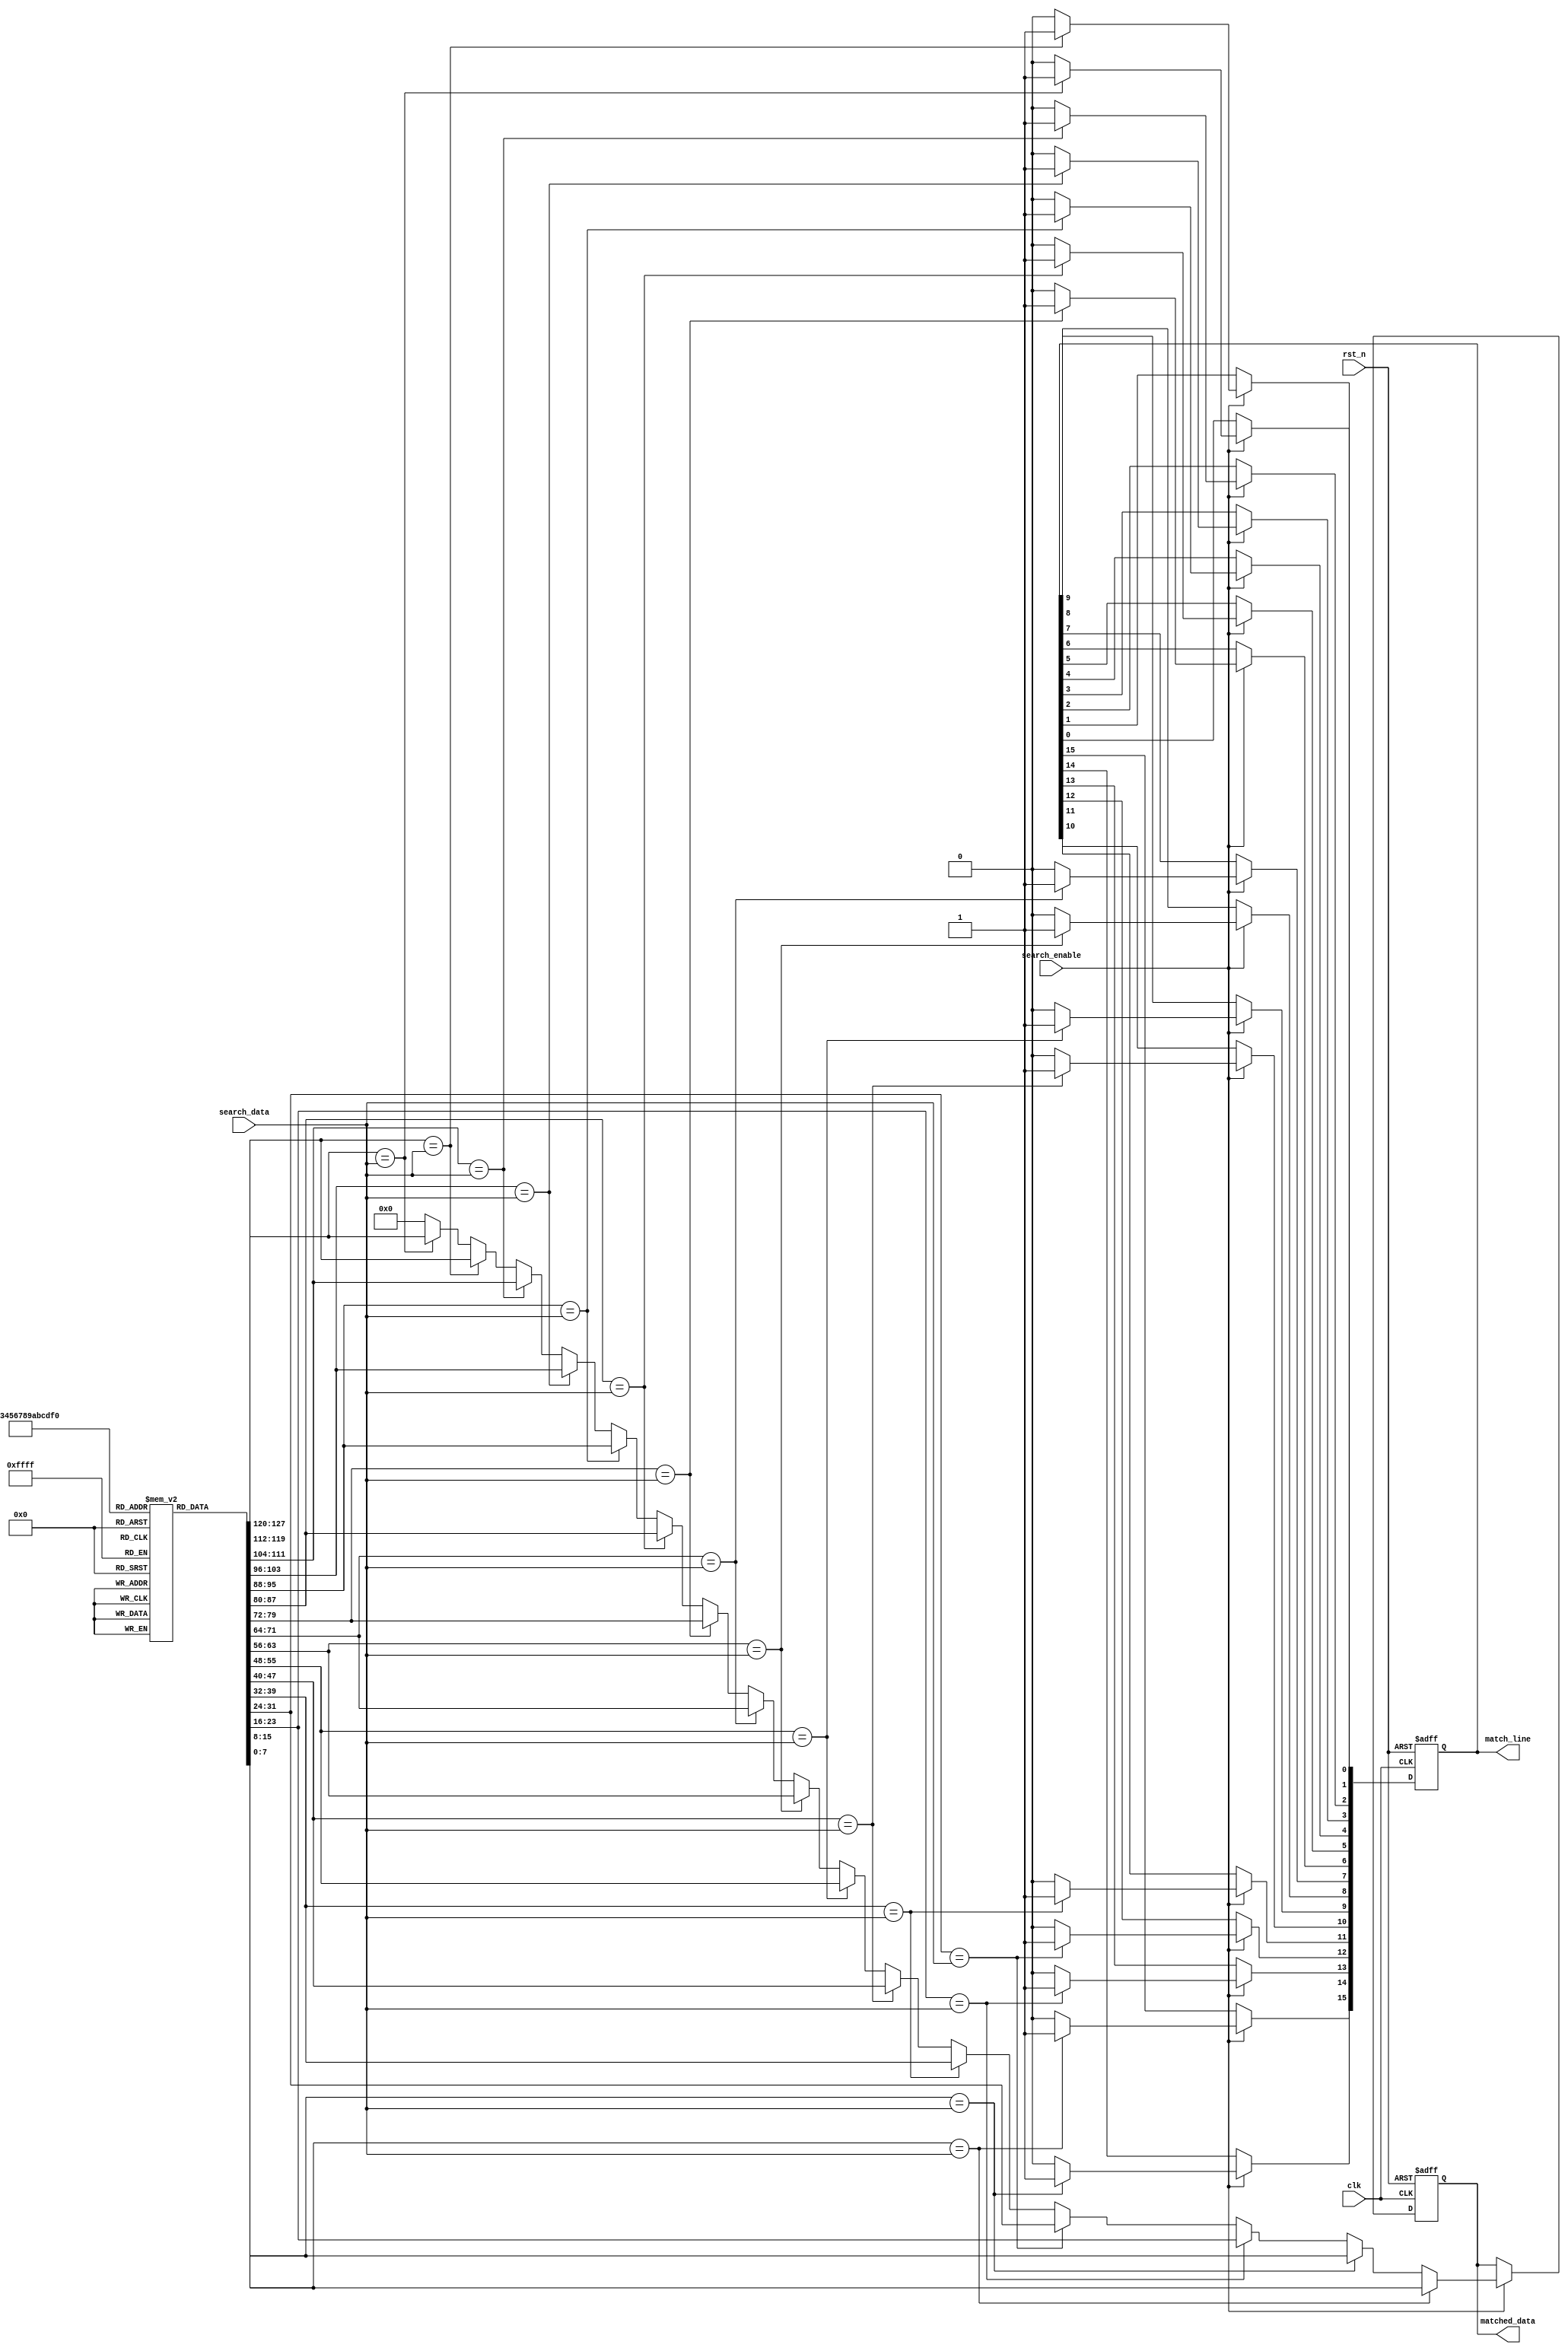
module energy_efficient_cam #(
    parameter DATA_WIDTH = 8,  // Width of the data entries
    parameter NUM_ENTRIES = 16  // Number of entries in the CAM
)(
    input wire clk,              // Clock signal
    input wire rst_n,            // Active low reset
    input wire [DATA_WIDTH-1:0] search_data, // Data to search
    input wire search_enable,     // Enable signal for search operation
    output reg [NUM_ENTRIES-1:0] match_line, // Match line output
    output reg [DATA_WIDTH-1:0] matched_data   // Data of the matched entry
);

    // Storage array for CAM entries
    reg [DATA_WIDTH-1:0] cam_array [0:NUM_ENTRIES-1];

    // Control logic
    integer i;
    always @(posedge clk or negedge rst_n) begin
        if (!rst_n) begin
            // Reset match line and matched data
            match_line <= 0;
            matched_data <= 0;
        end else if (search_enable) begin
            // Initialize match line to zero
            match_line <= 0;
            matched_data <= 0;

            // Search logic
            for (i = 0; i < NUM_ENTRIES; i = i + 1) begin
                if (cam_array[i] == search_data) begin
                    match_line[i] <= 1; // Set match line for matched entry
                    matched_data <= cam_array[i]; // Store matched data
                end
            end
        end
    end

    // Initialization of CAM entries (for simulation purposes)
    initial begin
        // Example initialization of CAM entries
        cam_array[0] = 8'hAA;
        cam_array[1] = 8'hBB;
        cam_array[2] = 8'hCC;
        cam_array[3] = 8'hDD;
        cam_array[4] = 8'hEE;
        cam_array[5] = 8'hFF;
        // Initialize remaining entries as needed
    end

endmodule